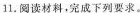
11.阅读材料。完成下列要求。